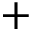
+